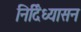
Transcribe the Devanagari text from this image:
निर्दिध्यासन